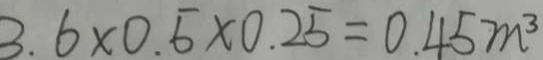
3 . 6 \times 0 . 5 \times 0 . 2 5 = 0 . 4 5 m ^ { 3 }